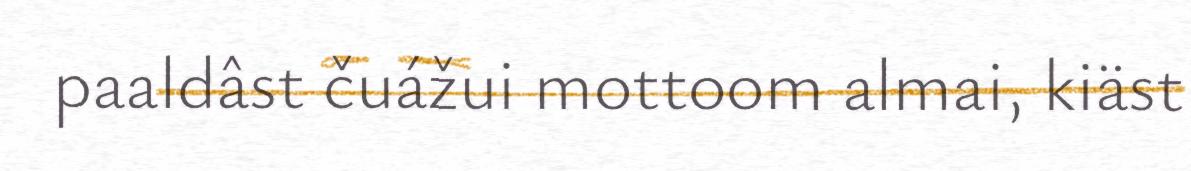
paaldâst čuážui mottoom almai, kiäst